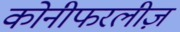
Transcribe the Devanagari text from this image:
कोनीफरलीज़